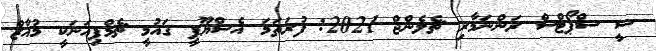
ސީ ސްޕޯޓްސް ރަންނަމާރި ޗެލެންޖް 2021: ފުރަތަމަ އެސްޔޫޕީ ގައުމީ ޗެމްޕިއަނަކީ މުއާޒް